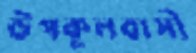
উপকূলবাসী